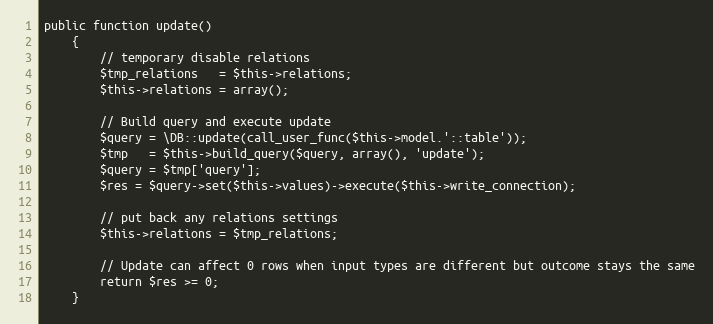
Language: PHP
public function update()
	{
		// temporary disable relations
		$tmp_relations   = $this->relations;
		$this->relations = array();

		// Build query and execute update
		$query = \DB::update(call_user_func($this->model.'::table'));
		$tmp   = $this->build_query($query, array(), 'update');
		$query = $tmp['query'];
		$res = $query->set($this->values)->execute($this->write_connection);

		// put back any relations settings
		$this->relations = $tmp_relations;

		// Update can affect 0 rows when input types are different but outcome stays the same
		return $res >= 0;
	}